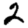
Digit: 2